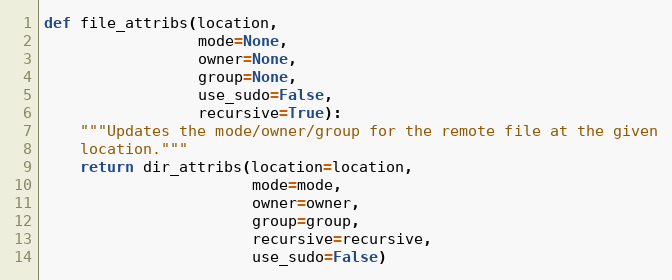
Language: Python
def file_attribs(location,
                 mode=None,
                 owner=None,
                 group=None,
                 use_sudo=False,
                 recursive=True):
    """Updates the mode/owner/group for the remote file at the given
    location."""
    return dir_attribs(location=location,
                       mode=mode,
                       owner=owner,
                       group=group,
                       recursive=recursive,
                       use_sudo=False)